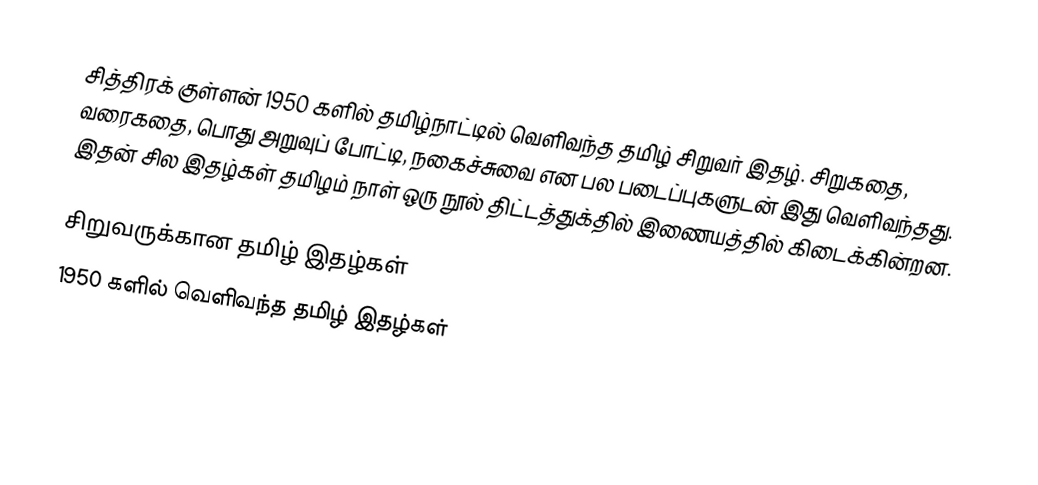
சித்திரக் குள்ளன் 1950 களில் தமிழ்நாட்டில் வெளிவந்த தமிழ் சிறுவர் இதழ்.  சிறுகதை, வரைகதை, பொது அறுவுப் போட்டி, நகைச்சுவை என பல படைப்புகளுடன் இது வெளிவந்தது.  இதன் சில இதழ்கள் தமிழம் நாள் ஒரு நூல் திட்டத்துக்தில் இணையத்தில் கிடைக்கின்றன.

சிறுவருக்கான தமிழ் இதழ்கள்
1950 களில் வெளிவந்த தமிழ் இதழ்கள்